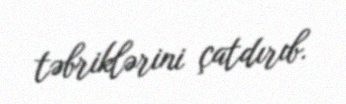
təbriklərini çatdırıb.